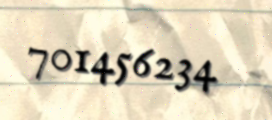
701456234